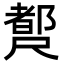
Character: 𡳣